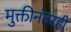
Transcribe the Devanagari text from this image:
मुक्तीनंतरही